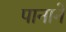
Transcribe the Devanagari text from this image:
पानाने